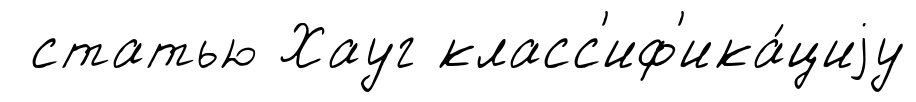
статью Хауг класс'иф'ика́циjу